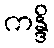
ကန္ဒိ